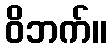
ဝိဘက်။